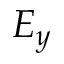
E _ { y }